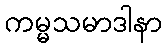
ကမ္မသမာဒါနာ